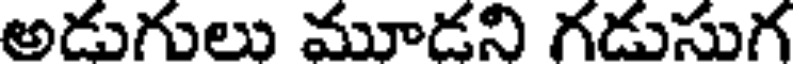
అడుగులు మూడని గడుసుగ